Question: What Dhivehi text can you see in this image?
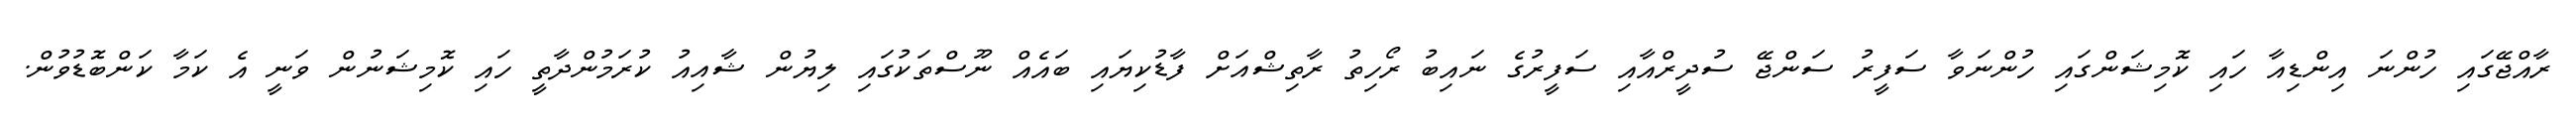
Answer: ރާއްޖޭގައި ހުންނަ އިންޑިއާ ހައި ކޮމިޝަންގައި ހުންނަވާ ސަފީރު ސަންޖޭ ސުދީރްއާއި ސަފީރުގެ ނައިބު ރޯހިތު ރާތިޝްއަށް ފާޑުކިޔައި ބައެއް ނޫސްތަކުގައި ލިޔުން ޝާއިއު ކުރަމުންދާތީ ހައި ކޮމިޝަނުން ވަނީ އެ ކަމާ ކަންބޮޑުވުން.